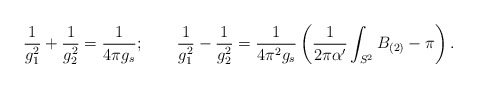
\begin{align*}{1\over g_{1}^2} + {1\over g_{2}^2}= {1\over 4\pi g_{s}};\qquad{1\over g_{1}^2} - {1\over g_{2}^2}= {1\over 4\pi^2 g_{s}}\left(\frac{1}{2\pi\alpha'}\int_{S^2}B_{(2)}-\pi \right) .\end{align*}